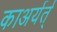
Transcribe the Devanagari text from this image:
काअर्यर्त्